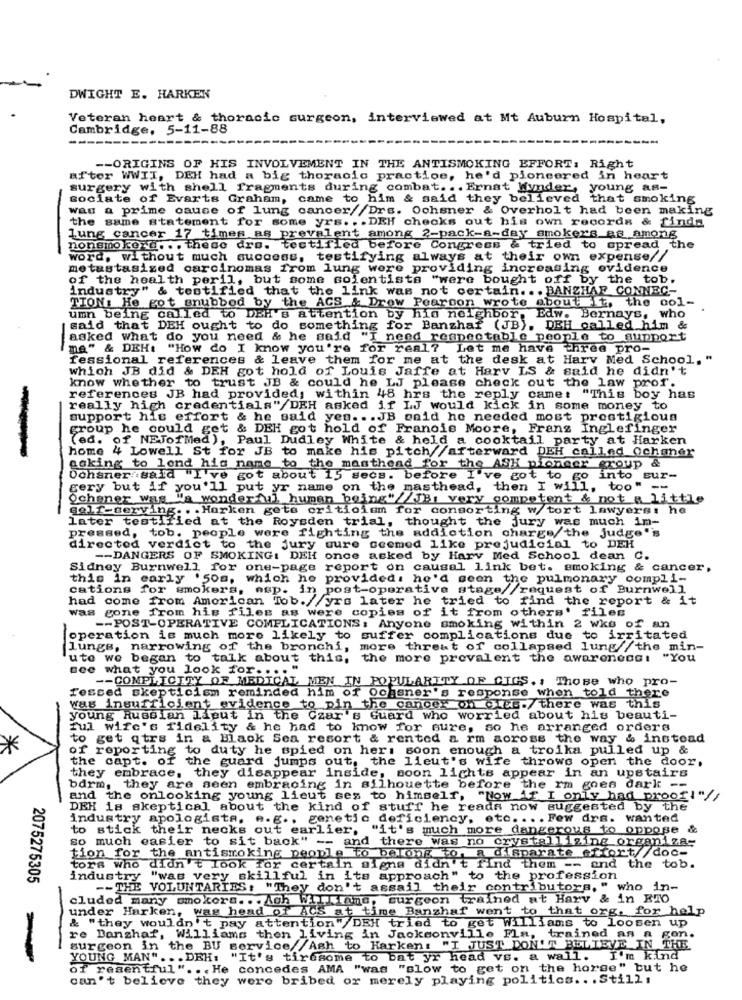
DWIGHT E. HARKEN
Veteran heart & thoracic surgeon, interviewed at Mt Auburn Hospital,
Cambridge, 5-11-88
-- ORIGINS OF HIS INVOLVEMENT IN THE ANTISMOKING EFFORT: Right
after WWII, DEH had a big thoracic practice, he'd pioneered in heart
surgery with shell fragments during combat. .. Ernat Wunder, young as-
sociate of Evarts Graham, came to him & said they believed that smoking
was a prime cause of lung cancer//Drs. Ochsner & Overholt had been making
the same statement for some yrs .. . DEH checks out his own records & finds
lung cancer 17 times as prevalent among 2-pack-a-day smokers as among
-
nonsmoker ... these dra. testified before Congress & tried to spread the
word, without much success, testifying always at their own expense//
metastasized carcinomas from lung were providing increasing evidence
of the health peril, but some solentists "were bought off by the tob.
industry" & testified that the link was not certain. . . BANZHAR CONNEC-
TION: He got snubbod by the ACS & Drow Pearson wrote about It, the ool-
umn being called to DEH's attention by his neighbor, Edw. Bernays, who
said that DEH ought to do something for Banzhaf (JB), DEH called him &
asked what do you need & he said "I need respectable people to support
ma" & DEH: "How do I know you're for real? Let me have three pro-
-
fessional references & leave them for me at the desk at Harv Med School, "
which JB did & DEH got hold of Louis Jaffe at Harv LS & said he didn't
know whether to trust JB & could he LJ please check out the law prof.
references JB had provided, within 48 hrs the reply came: "This boy has
really high credentials"/DEH asked if LJ would kick in some money to
support his effort & he said yes ... JB onid he needed most prestigious
group he could get & DEH got hold of Franois Moore, Frans Inglefinger
(ed. of NEJofMed), Paul Dudley White & held a cocktail party at Harken
home 4 Lowell St for JB to make his pitch//afterward DEH called Ochaner
acking to lend his name to the masthead for the ASK pioneer group &
Ochsner said "I've got about 15 secs. before I've got to go into sur-
gery but if you'll put yr name on the masthead, then I will, too" --
Ochener was Wa wonderful human being"/ JB, very competent & not a little
gelf-serving ... Harken gets criticism for consorting w/tort lawyers: he
thought the jury was much im-
later testified at the Roysden trial,
pressed, tob. people were fighting the addiction charge, the judge''s
directed verdict to the jury sure seemed like prejudicial to DEH
-- DANGERS OF SMOKING: DEH once asked by Harv Med School dean C.
Sidney Burnwell for one-page report on causal link bet. smoking & cancer,
this in early '50s, which he provided: he'd seen the pulmonary compli-
cations for smokers, asp. in post-operative stage//request of Burnwell
had come from American Tob.//yrs later he tried to find the report & it
Was gone from his files as were copies of it from others' files
-
-- POST-OPERATIVE COMPLICATIONS: Anyone smoking within 2 wks of an
operation is much more likely to suffer complications due to irritated
lungs, narrowing of the bronchi, more threat of collapsed lung//the min-
-
ute we began to talk about this, the more prevalent the awareness: "You
see what you look for .... "
-- COMPLICITY OF MEDICAL MEN IN POPULARITY OF CIGS. , Those who pro-
fessed skepticism reminded him of Ochener's response when told there
was insufficient evidence to pin the cancer on ciel./ there was this
young Russian lieut in the Czar's Guard who worried about his beauti-
ful wife's fidelity & he had to know for sure, so he arranged orders
to get qirs in a Black Sea resort & rented a rm across the way & instead
of reporting to duty he spied on her: soon enough a troika pulled up &
the capt. of the guard jumps out, the lieut's wife throws open the door,
they embrace, they disappear inside, soon lights appear in an upstairs
bdrm, they are seen embracing in silhouette before the rm goes dark --
and the onlooking young lieut ses to himself, "Now if I only had proof!"
DEH is skeptical about the kind of stuff he reads now suggested by the
industry apologista, e.g ., genetic deficiency, etc. ... Few drs. wanted
to stick their necks out earlier, "it's much more dangerous to oppose
&
so much easier to sit back" -- and there was no crystallizing organiza:
tion for the antismoking people to belong to a disparate effort//doc-
tors who didn't look for certain signe didn't find them -- and the tob.
2075275305
industry "was very skillful in its approach" to the profession
-- THE VOLUNTARIES : "They don't assail their contributors, " who in-
cluded many smokers ... Ach Willfind, surgeon trained at Harv & in RIO
under Harken, was head of ACS at time Banshaf went to that org, for help
& "they wouldn't pay attention"/DEH tried to get Williams to loosen up
re Banghaf, Williams then living in Jacksonville Fla, trained an a gon.
surgeon in the BU service//Ash to Harkens "I JUST DON'T BELIEVE IN THE
YOUNG MAN" ... DRH: "It's tiresome to bat yr head vs. a wall. I'm kind
of resentful" ... He concedes AMA "was "slow to get on the horse" but he
can't believe they were bribed or merely playing politics .. . Still,